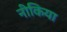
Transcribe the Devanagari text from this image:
नीकिया